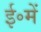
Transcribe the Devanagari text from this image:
ई॰में